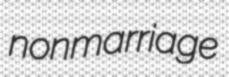
nonmarriage